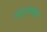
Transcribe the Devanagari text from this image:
संदूषकको